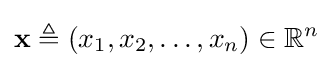
\mathbf {x} \triangleq (x_{1},x_{2},\dots ,x_{n})\in \mathbb {R} ^{n}